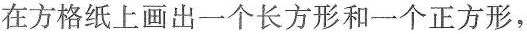
在方格纸上画出一个长方形和一个正方形，